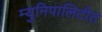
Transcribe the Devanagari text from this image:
म्युनिपालिटीत